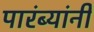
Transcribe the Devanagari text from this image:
पारंब्यांनी